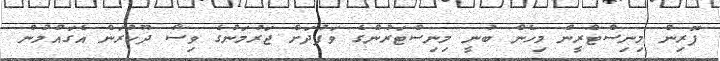
ފޮރިން މިނިސްޓްރީން މިހެން ބުނީ މިނިސްޓަރުންގެ ވަފުދަށް ޖަރުމަނުގެ ވިސާ ދޫކުރަން އެގައުމުން